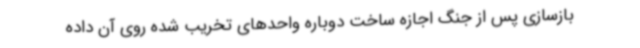
بازسازی‌ پس از جنگ اجازه ساخت دوباره واحدهای تخریب شده روی آن داده